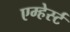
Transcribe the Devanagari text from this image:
एम्हेर्स्ट